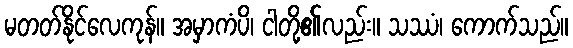
မတတ်နိုင်လေကုန်။ အမှာကံပိ၊ ငါတို့၏လည်း။ သဿံ၊ ကောက်သည်။